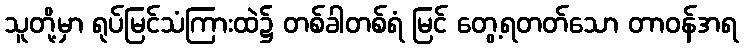
သူတို့မှာ ရုပ်မြင်သံကြားထဲ၌ တစ်ခါတစ်ရံ မြင် တွေ့ရတတ်သော တာဝန်အရ